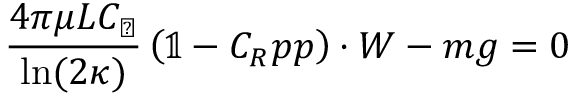
\frac { 4 \pi \mu L C _ { \perp } } { \ln ( 2 \kappa ) } \left( \mathbb { 1 } - C _ { R } \boldsymbol { p } \boldsymbol { p } \right) \cdot \boldsymbol { W } - m \boldsymbol { g } = 0